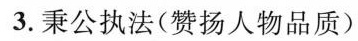
3.秉公执法(赞扬人物品质)